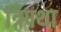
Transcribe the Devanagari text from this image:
त्रिपथा